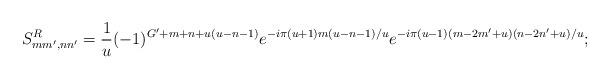
LaTeX: \begin{align*}S^R_{mm',nn'}=\frac{1}{u} (-1)^{G'+m+n+u(u-n-1)}e^{-i\pi(u+1)m(u-n-1)/u} e^{-i\pi(u-1)(m-2m'+u)(n-2n'+u)/u};\end{align*}